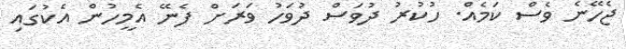
ޖެހޭނެ ވެސް ކަމެއް. ހުކުރު ދުވަސް ދުވަހު ވަރަށް ފެނޭ އެމީހުން އެކުގައި